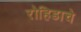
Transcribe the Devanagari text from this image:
रोहिडाचे